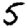
Digit: 5